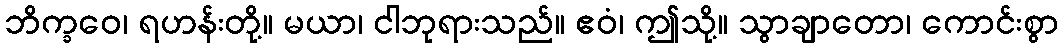
ဘိက္ခဝေ၊ ရဟန်းတို့။ မယာ၊ ငါဘုရားသည်။ ဧဝံ၊ ဤသို့။ သွာချာတော၊ ကောင်းစွာ